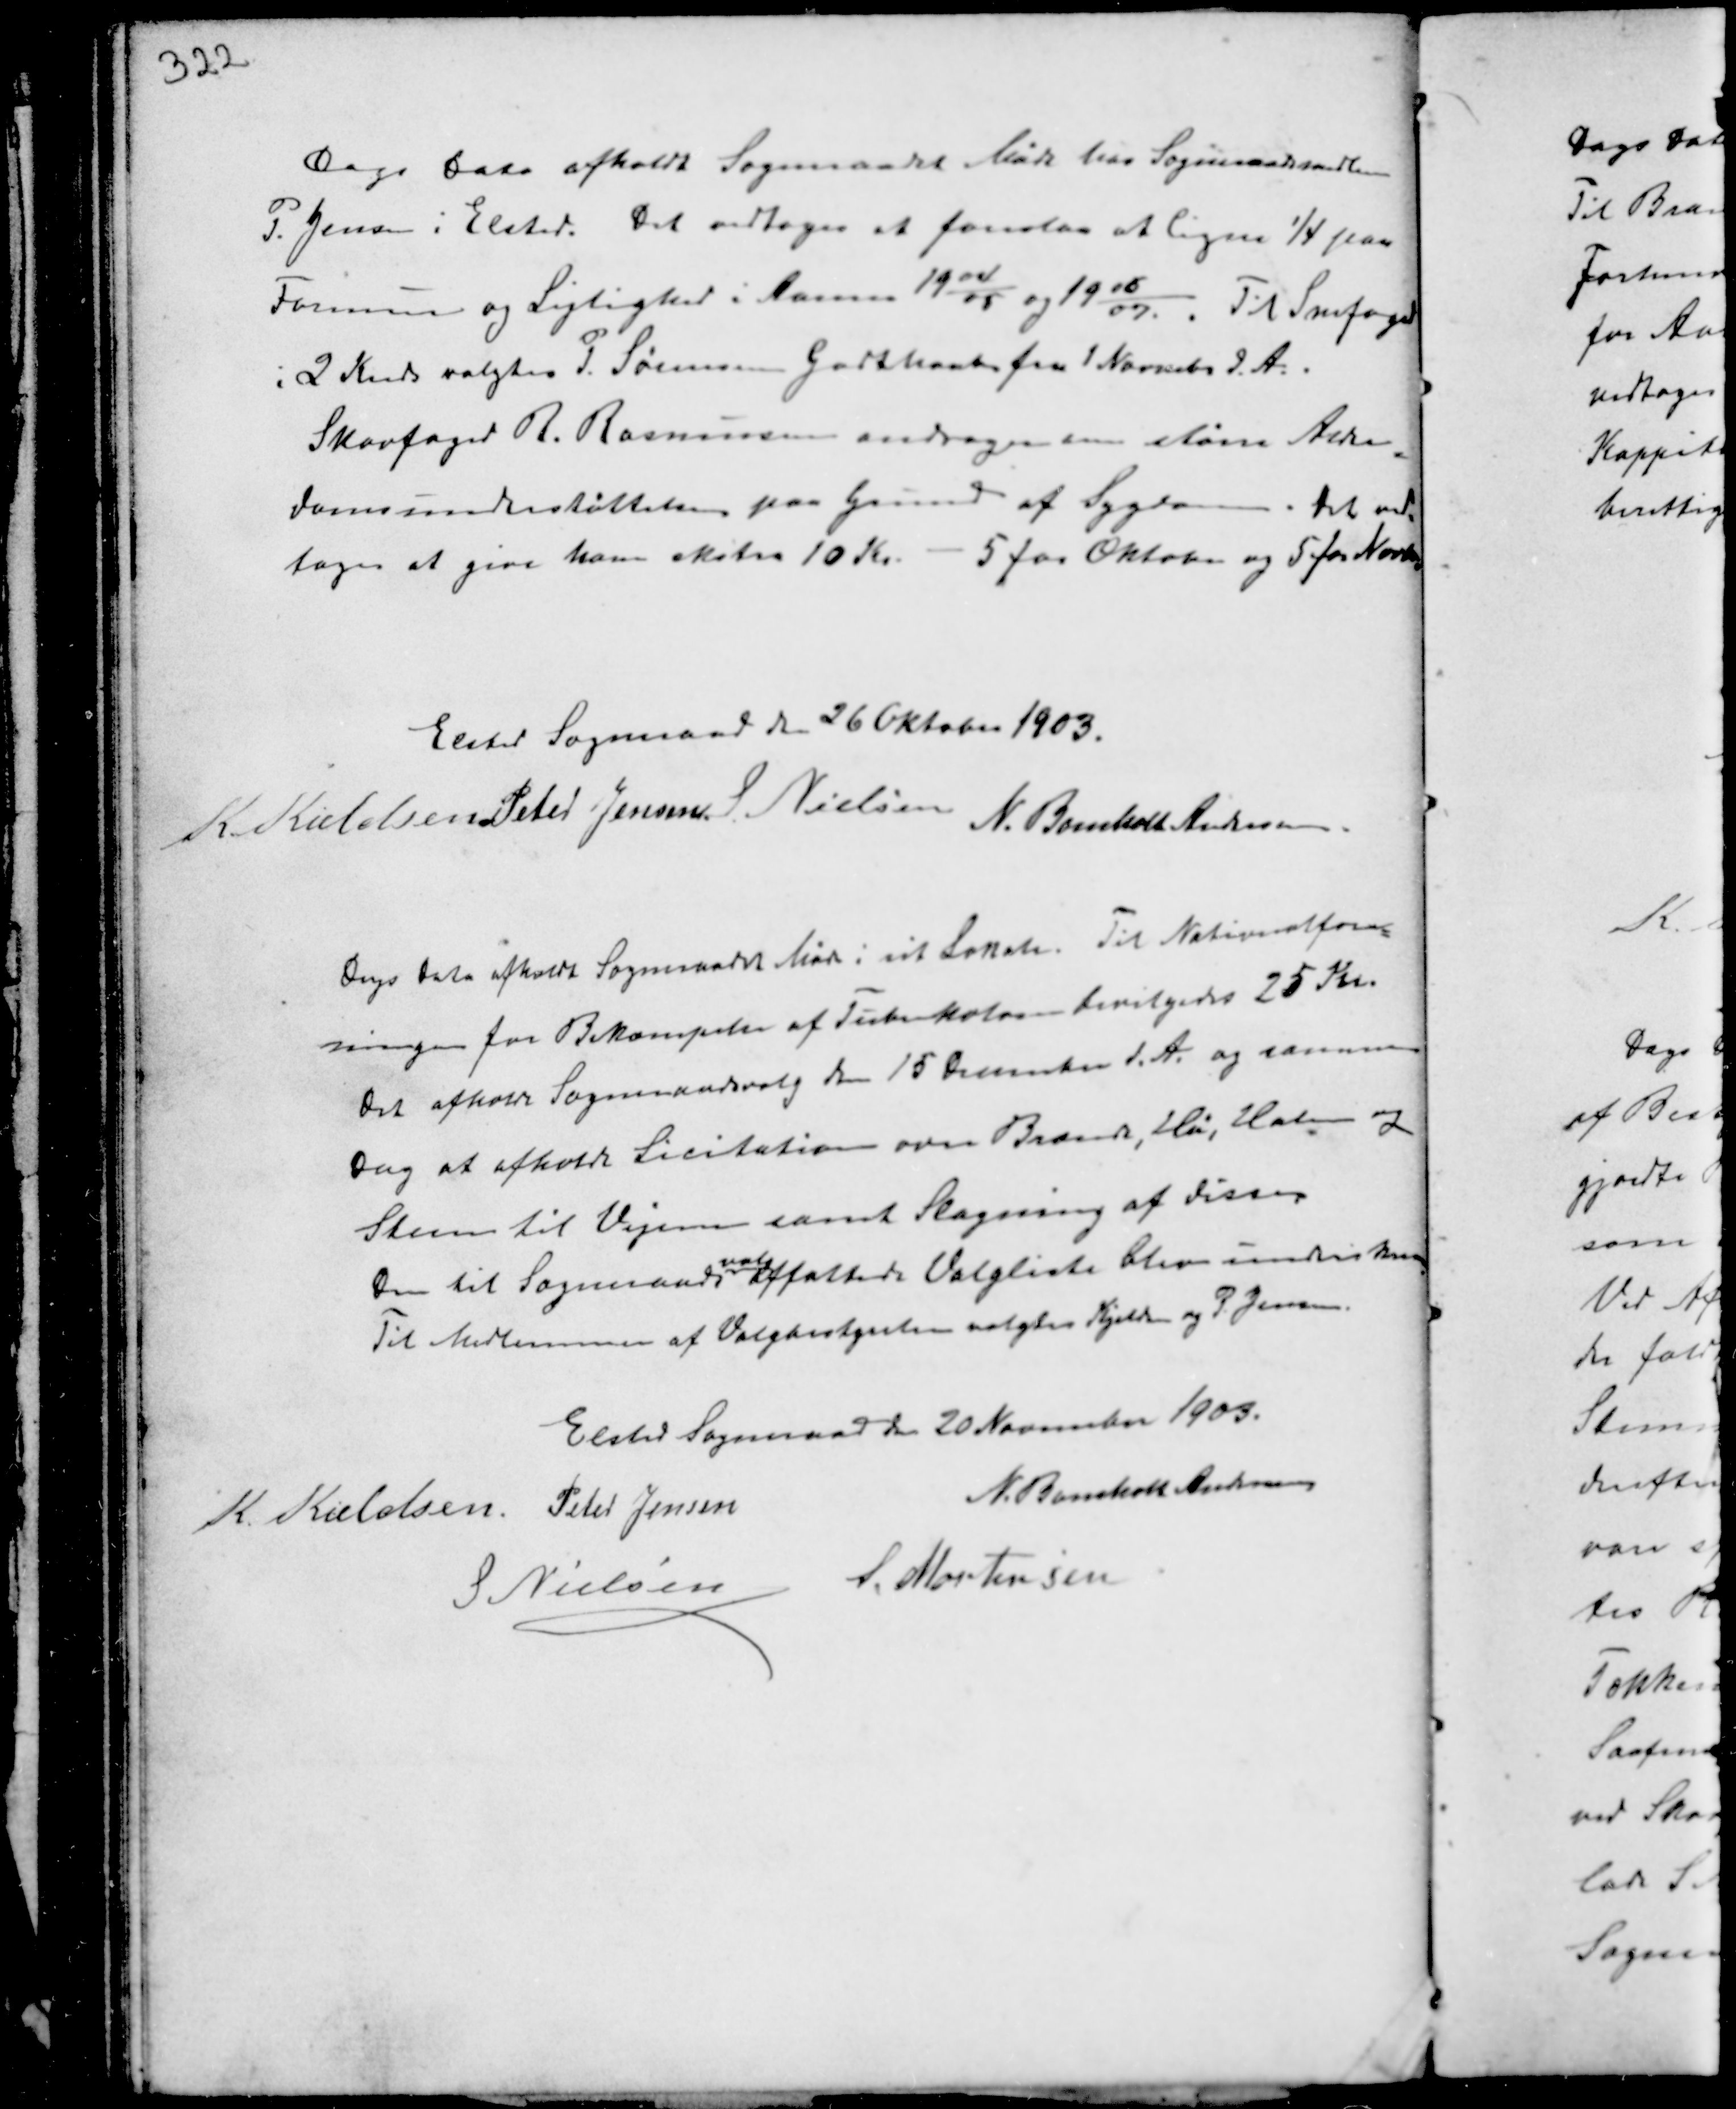
Transskription:
Dags Dato afholdt Sogneraadet Møde hos Sogneraadsmedlem
P. Jensen i Elsted. Det vedtoges at foreslaa at ligne ¼ paa
Formue og Lejlighed i Aarene 19
04
05
og 19
06
07.
Til Snefoged
i 2 Kreds valgtes P. Sørensen Godthaab fra 1 November d.A..
Skovfoged R. Rasmussen andrager om større Alder-
domsunderstøttelse paa Grund af Sygdom. Det ved-
toges at give ham ekstra 10 Kr. - 5 for Oktober og 5 for Novem

Elsted Sogneraad den 26 Oktober 1903.
K. Kieldsen Peter Jensen S. Nielsen
N. Bomholt Andersen

Dags Dato afholdt Sogneraadet Møde i sit Lokale. Til Nationalfore-
ningen for Bekæmpelse af Tuberkulose bevilgedes 25 Kr.
Det afholde Sogneraadsvalg den 15 December d.A. og samme
Dag at afholde Licitation over Brænde, Hø, Halm og
Steen til Vejene samt Slagning af disse
Den til Sogneraads
valg
affattede Valgliste blev underskreven
Til Medlemmer af Valgbestyrelsen valgtes Kjeldsen og P. Jensen

Elsted Sogneraad den 20 November 1903.
K Kieldsen Peter Jensen
N. Bomholt Andersen
S. Nielsen S. Mortensen